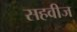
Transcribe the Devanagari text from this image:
सहवीज